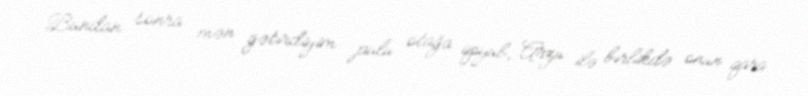
Bundan sonra mən gətirdiyim pulu otağa qoyub, Arzu ilə birlikdə onun qara